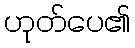
ဟုတ်ပေ၏